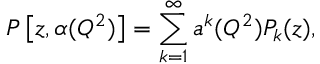
P \left[ z , \alpha ( Q ^ { 2 } ) \right] = \sum _ { k = 1 } ^ { \infty } a ^ { k } ( Q ^ { 2 } ) P _ { k } ( z ) ,